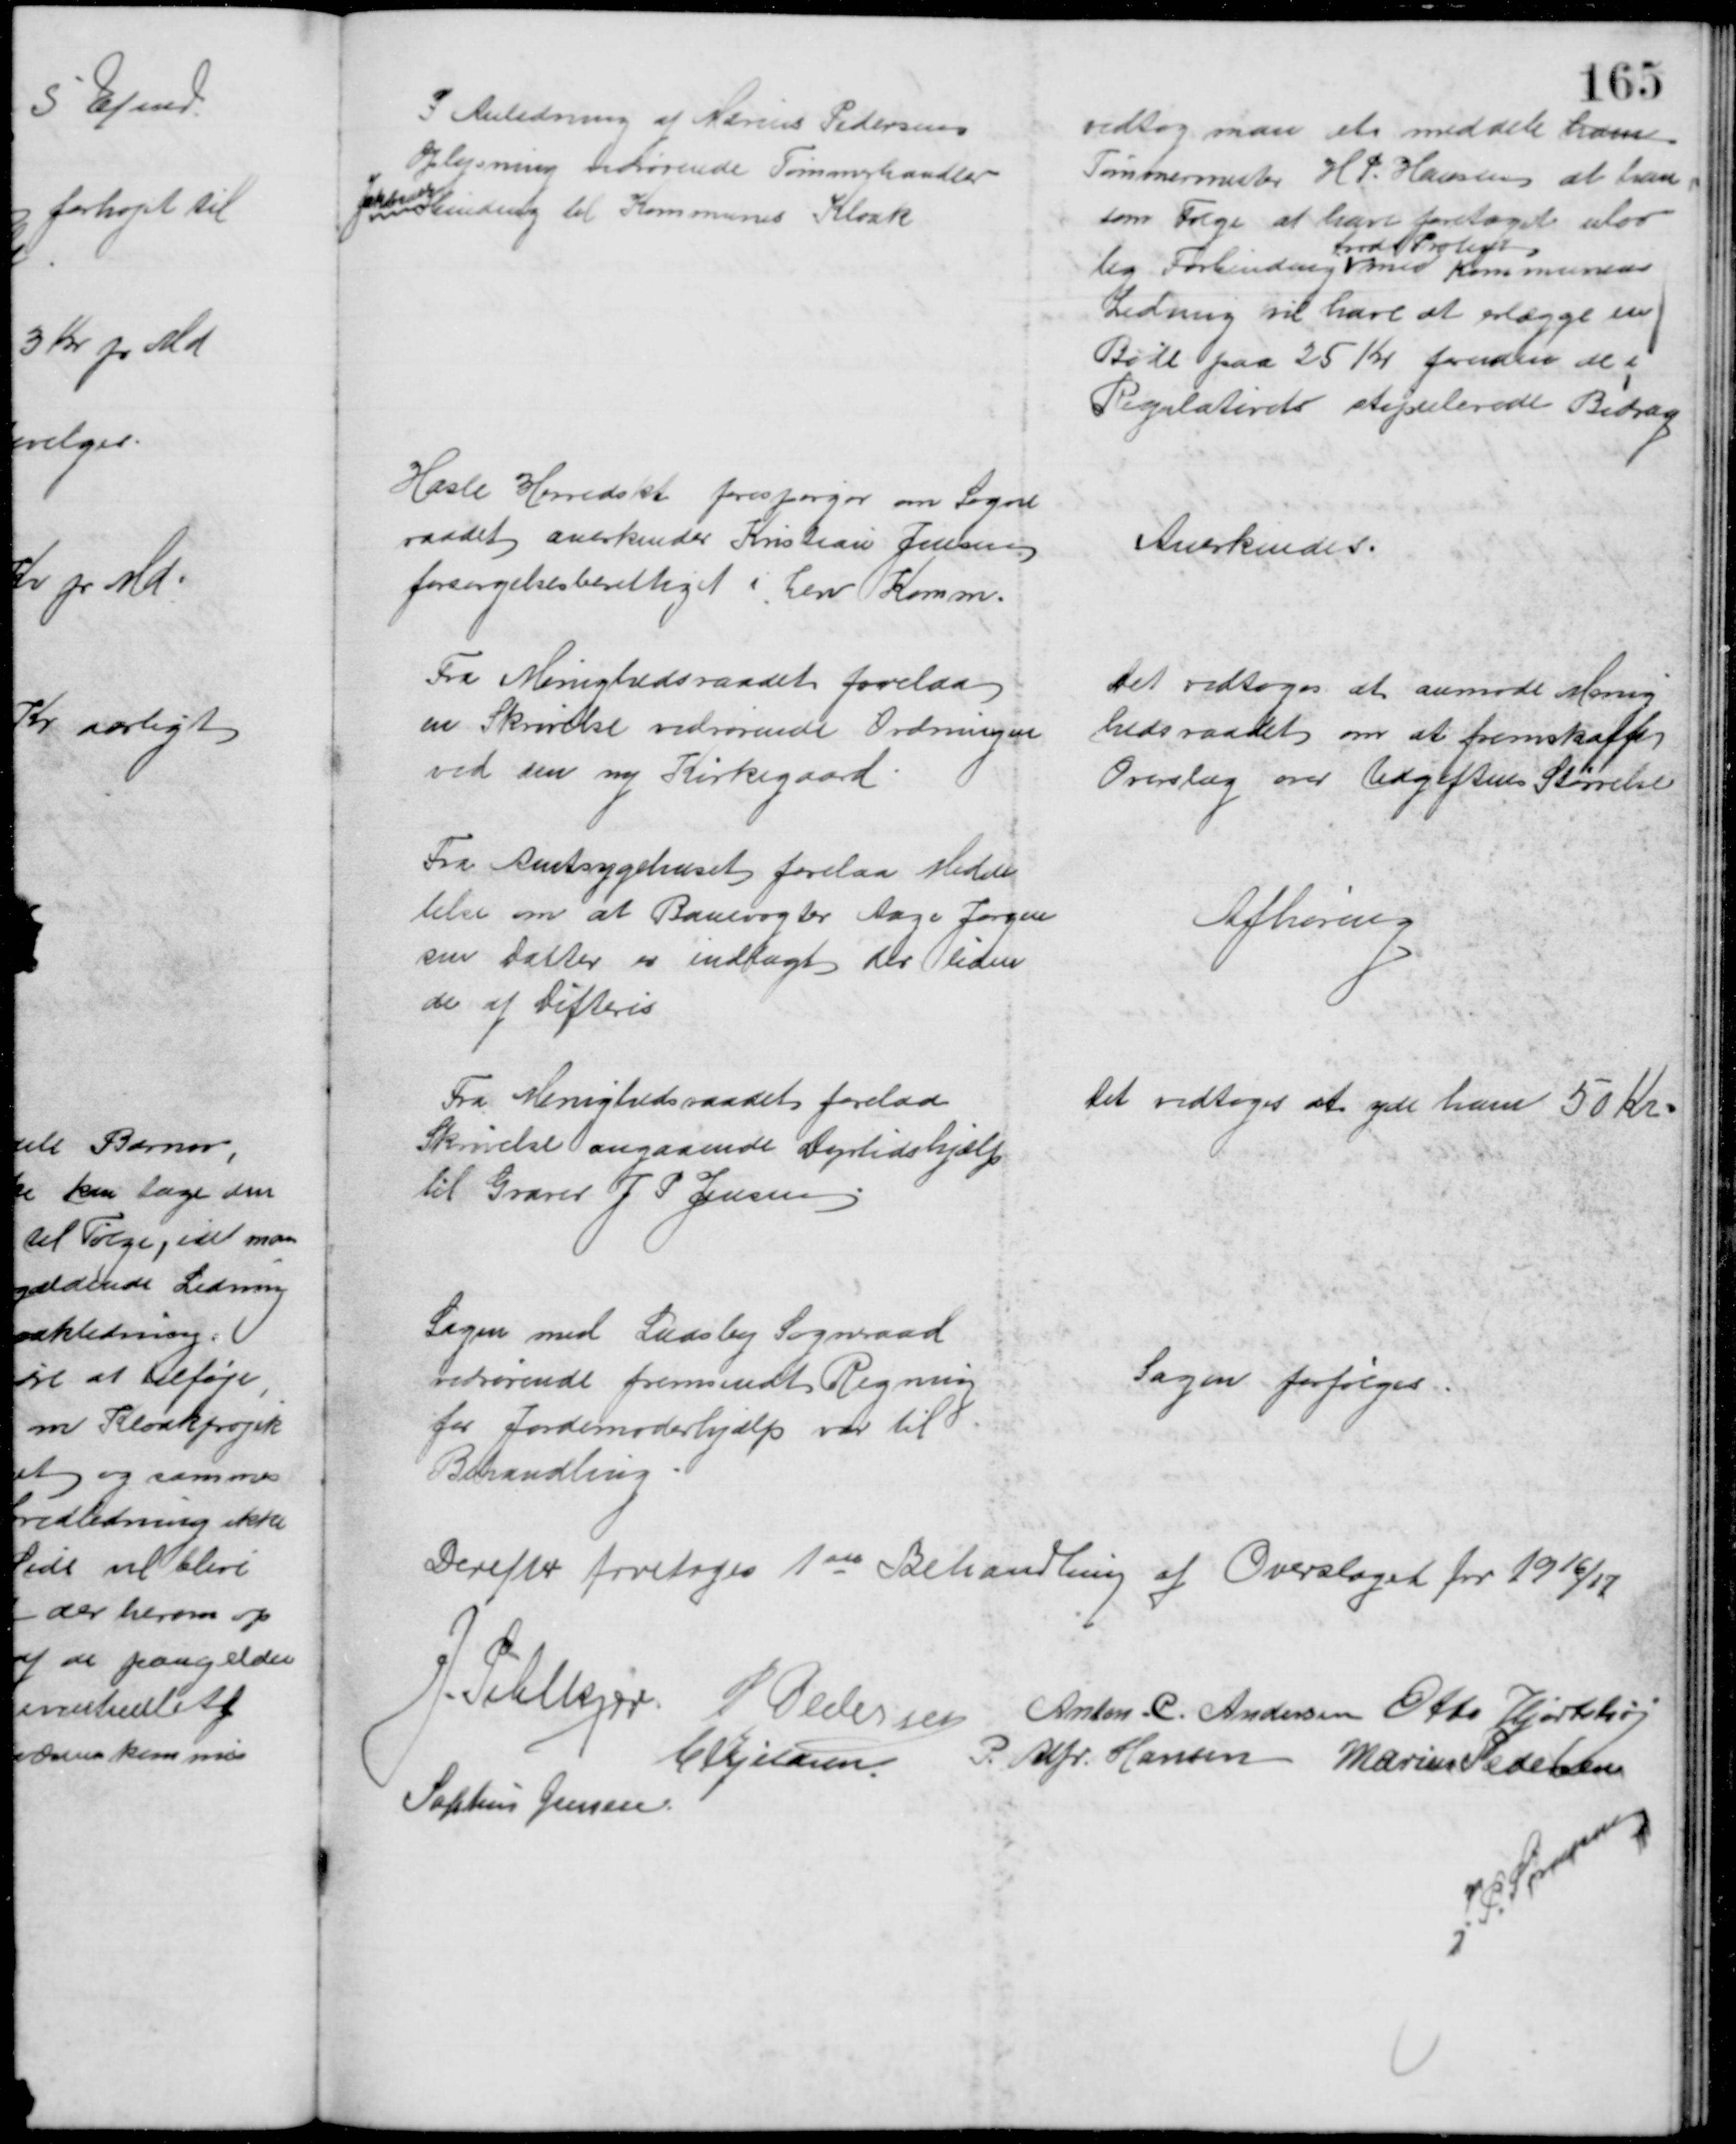
Transskription:
I Anledning af Marius Pedersens
Oplysning vedrørende Tømmerhandler
Jakobsens
Ibinding til Kommunes Kloak
vedtog man et meddele ham
Tømmermester H. P. Hansen at han
som Følge at have foretaget ulov
lig Forbinding 
trods Protest
med Kommunens
Ledning vil have at erlægge en
Bøde paa 25 Kr foruden de i
Regulativets stipulerede Bidrag
Hasle Herredskt forespørger om Sogne
raadet anerkender Kristian Jensen
forsørgelsesberettiget i herv Komm.
Anerkendes.
Fra Menighedsraadet forelaa
en Skrivelse vedrørende Ordningen
ved den ny Kirkegaard
Det vedtoges at anmode Menig
hedsraadet om at fremskaffe
Overslag over Udgiftens Størrelse
Fra Amtsygehuset forelaa Medde
lelse om at Banevogter Aage Jørgen
sen Datter er indlagt der liden
de af Difteris
Afhøring
Fra Menighedsraadets forelaa
Skrivelse angaaende Dyrtidshjælp
til Graver J P Jensen
Det vedtoges at yde ham 50 Kr
Sagen med Laasby Sogneraad
vedrørende fremsendt Regning
for Jordemoderhjælp var til 
Behandling
Sagen forfølges
Derefter foretoges 1ste Behandling af Overslaget for 1916/17
J. Pihlkjær P Pedersen Anton. C. Andersen Otto Hjortshøj
C. Kjeldsen P. Alfr. Hansen Marius Pedersen
Sophus Jensen.
J. P. Sørensen